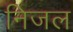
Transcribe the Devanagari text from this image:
निजल